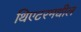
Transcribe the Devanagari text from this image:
थिएटरमधील